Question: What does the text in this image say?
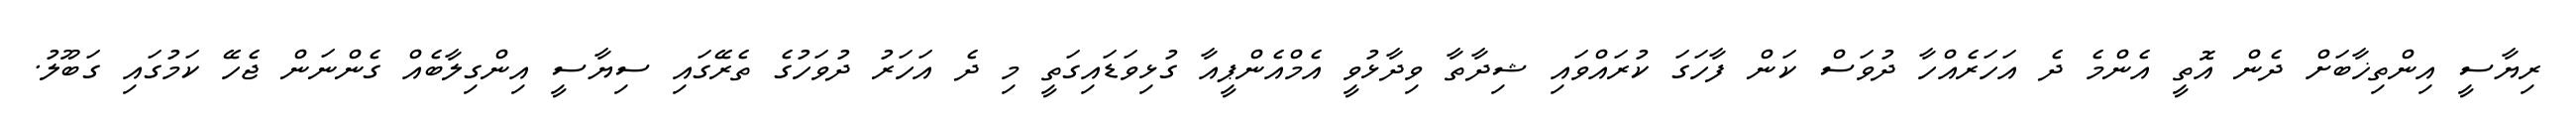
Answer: ރިޔާސީ އިންތިޚާބަށް ދެން އޮތީ އެންމެ ދެ އަހަރެއްހާ ދުވަސް ކަން ފާހަގަ ކުރައްވައި ޝިދާތާ ވިދާޅުވީ އެމްއެންޕީއާ ގުޅިވަޑައިގަތީ މި ދެ އަހަރު ދުވަހުގެ ތެރޭގައި ސިޔާސީ އިންގިލާބެއް ގެންނަން ޖެހޭ ކަމުގައި ގަބޫލު.